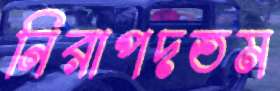
নিরাপদতম